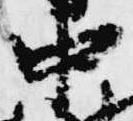
中